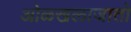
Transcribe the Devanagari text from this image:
ओळखलाजातो